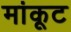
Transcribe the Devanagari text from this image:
मांकूट